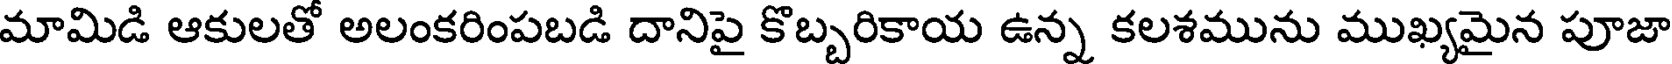
మామిడి ఆకులతో అలంకరింపబడి దానిపై కొబ్బరికాయ ఉన్న కలశమును ముఖ్యమైన పూజా